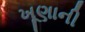
ખૂણાની